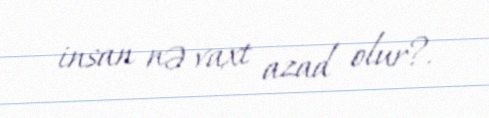
insan nə vaxt azad olur?.